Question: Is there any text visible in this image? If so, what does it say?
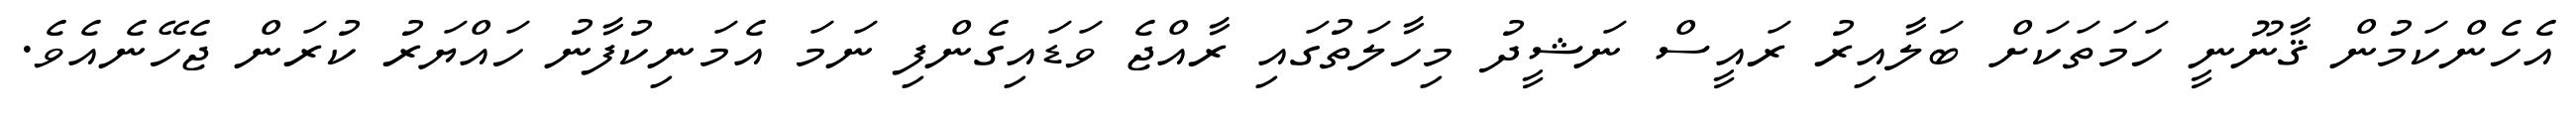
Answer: އެހެންކަމުން ޤާނޫނީ ހަމަތަކަށް ބަލާއިރު ރައީސް ނަޝީދު މިހާލަތުގައި ރާއްޖެ ވަޑައިގެންފި ނަމަ އެމަނިކުފާނު ހައްޔަރު ކުރަން ޖެހޭނެއެވެ.